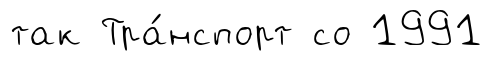
так Тра́нспорт со 1991